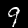
Digit: 9